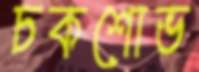
চকশোভ